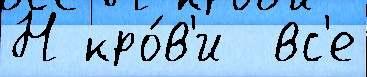
Н кро́в'и  вс'е